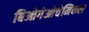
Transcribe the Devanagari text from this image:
बिओगेओचेमिकल